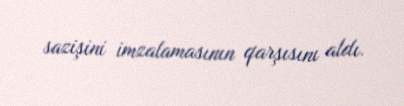
sazişini imzalamasının qarşısını aldı.